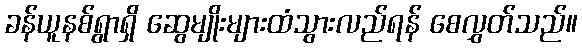
ခန်ယူနစ်ရွာရှိ ဆွေမျိုးများထံသွားလည်ရန် စေလွှတ်သည်။